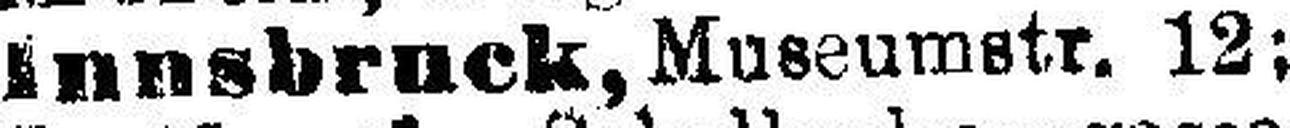
Innsbruck, Museumstr. 12;